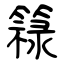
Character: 簶